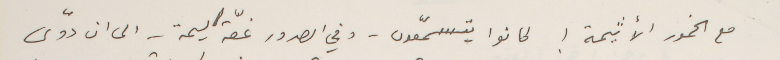
مع الخمور الأثيمة ! كانوا يتسمّعون - وفي الصدور غصّة اليمة – الى ان دوّى